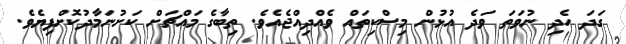
ގަދަ ހެދި ނުވަތަ ވަދެ އުޅުން މިސްކިތައް ވެއްދިއްޖެއެވެ. ތިބާގެ މައްޗަށް ކަށުނަމާދުކޮށްފިޔެވެ.